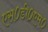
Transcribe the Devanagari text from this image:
एस०डी०एम०